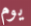
يوم